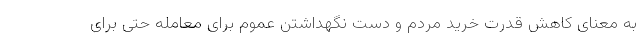
به معنای کاهش قدرت خرید مردم و دست نگهداشتن عموم برای معامله حتی برای